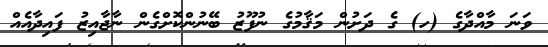
ވަނަ މާއްދާގެ (ހ) ގެ ދަށުން މަޤާމުގެ ނުފޫޒު ބޭނުންކޮށްގެން ނާޖާއިޒު ފައިދާއެއް